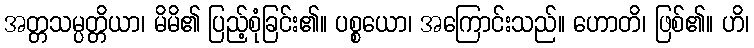
အတ္တသမ္ပတ္တိယာ၊ မိမိ၏ ပြည့်စုံခြင်း၏။ ပစ္စယော၊ အကြောင်းသည်။ ဟောတိ၊ ဖြစ်၏။ ဟိ၊